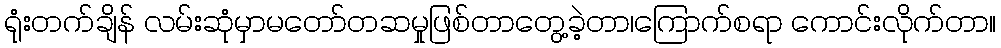
ရုံးတက်ချိန် လမ်းဆုံမှာမတော်တဆမှုဖြစ်တာတွေ့ခဲ့တာ၊ကြောက်စရာ ကောင်းလိုက်တာ။